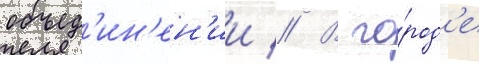
объед'ин'ен'ии // В го́род'е